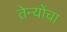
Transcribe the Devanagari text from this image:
तेन्योंचा